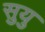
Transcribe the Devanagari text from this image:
सुयु